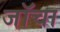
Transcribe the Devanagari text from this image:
जॉचा